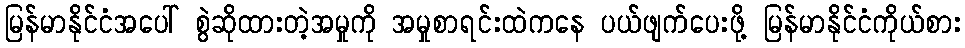
မြန်မာနိုင်ငံအပေါ် စွဲဆိုထားတဲ့အမှုကို အမှုစာရင်းထဲကနေ ပယ်ဖျက်ပေးဖို့ မြန်မာနိုင်ငံကိုယ်စား